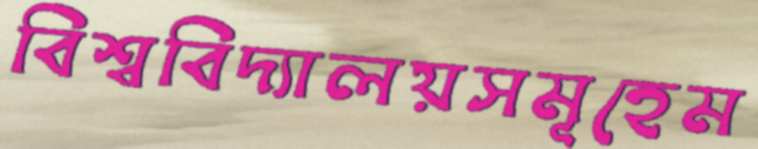
বিশ্ববিদ্যালয়সমূহেম